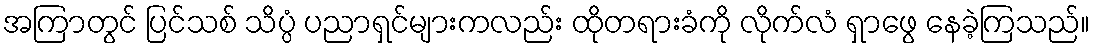
အကြာတွင် ပြင်သစ် သိပ္ပံ ပညာရှင်များကလည်း ထိုတရားခံကို လိုက်လံ ရှာဖွေ နေခဲ့ကြသည်။